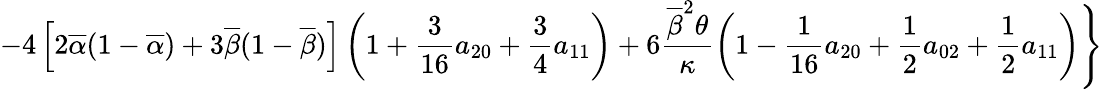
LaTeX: \displaystyle{-4\left[2\overline{{\alpha}}(1-\overline{{\alpha}})+3\overline{{\beta}}(1-\overline{{\beta}})\right]\left(1+\frac{3}{16}a_{20}+\frac{3}{4}a_{11}\right)+6\frac{\overline{{\beta}}^{2}\theta}{\kappa}\left(1-\frac{1}{16}a_{20}+\frac{1}{2}a_{02}+\frac{1}{2}a_{11}\right)\Bigg\} }